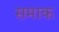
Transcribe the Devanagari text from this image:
समाक